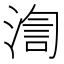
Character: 渹